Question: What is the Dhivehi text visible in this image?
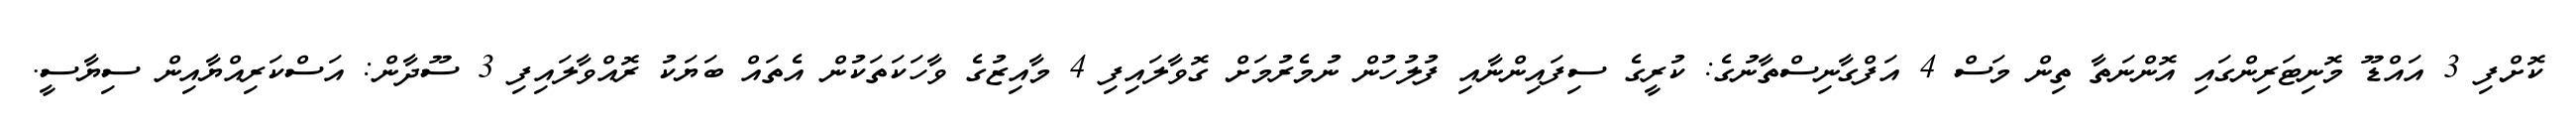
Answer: ކޮށްފި 3 އައްޑޫ މޮނިޓަރިންގައި އޮންނަތާ ތިން މަސް 4 އަފްގާނިސްތާނުގެ: ކުރީގެ ސިފައިންނާއި ފުލުހުން ނުމެރުމަށް ގޮވާލައިފި 4 މާއިޒުގެ ވާހަކަތަކުން އެތައް ބަޔަކު ރޮއްވާލައިފި 3 ސޫދާން: އަސްކަރިއްޔާއިން ސިޔާސީ.